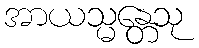
အာယသ္မန္တေသု